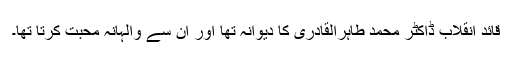
قائد انقلاب ڈاکٹر محمد طاہرالقادری کا دیوانہ تھا اور ان سے والہانہ محبت کرتا تھا۔